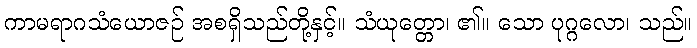
ကာမရာဂသံယောဇဉ် အစရှိသည်တို့နှင့်။ သံယုတ္တော၊ ၏။ သော ပုဂ္ဂလော၊ သည်။